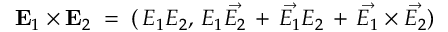
{ \bf E } _ { 1 } \times { \bf E } _ { 2 } \; = \; ( \, E _ { 1 } E _ { 2 } , \, E _ { 1 } \vec { E _ { 2 } } \, + \, \vec { E _ { 1 } } E _ { 2 } \, + \, \vec { E _ { 1 } } \times \vec { E _ { 2 } } )